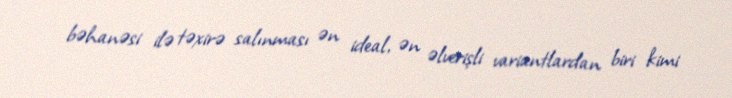
bəhanəsi ilə təxirə salınması ən ideal, ən əlverişli variantlardan biri kimi